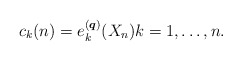
\begin{gather*}c_k(n)= e_{k}^{({\boldsymbol{q}})}(X_n) k= 1,\ldots,n.\end{gather*}